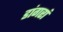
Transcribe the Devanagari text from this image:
डांगरां